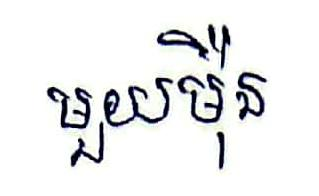
មួយម៉ឺន